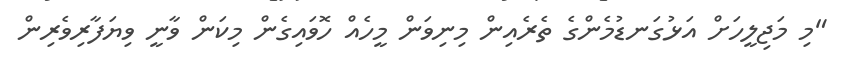
"މި މަޖިލީހަށް އަޅުގަނޑުމެންގެ ތެރެއިން މިނިވަން މީހެއް ހޮވައިގެން މިކަން ވާނީ ވިޔަފާރިވެރިން